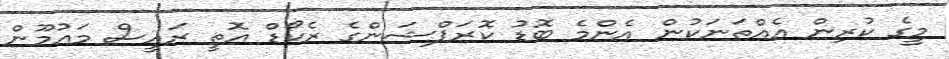
މީގެ ކުރިން އެއްތަނަކުން އެންމެ ބޮޑު ކޮރަޕްޝަންގެ ރެކޯޑް އޮތީ ރައީސް މައުމޫން